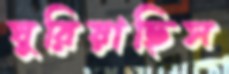
ঘুরিয়াছিস